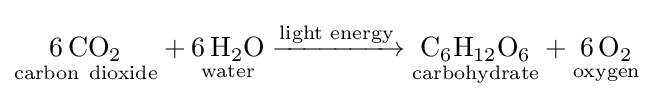
{{\underset {\mathrm {carbon} ~\mathrm {dioxide} }{6\,\mathrm {CO} {\vphantom {A}}_{\smash[{t}]{2}}}}{}+{}{\underset {\mathrm {water} }{6\,\mathrm {H} {\vphantom {A}}_{\smash[{t}]{2}}\mathrm {O} }}{}\mathrel {\xrightarrow {\overset {}{\text{light energy}}} } {}{\underset {\mathrm {carbohydrate} }{\mathrm {C} {\vphantom {A}}_{\smash[{t}]{6}}\mathrm {H} {\vphantom {A}}_{\smash[{t}]{12}}\mathrm {O} {\vphantom {A}}_{\smash[{t}]{6}}}}{}+{}{\underset {\mathrm {oxygen} }{6\,\mathrm {O} {\vphantom {A}}_{\smash[{t}]{2}}}}}